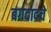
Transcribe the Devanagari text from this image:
बगदादचे